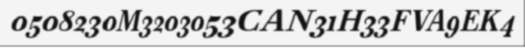
0508230M3203053CAN31H33FVA9EK4